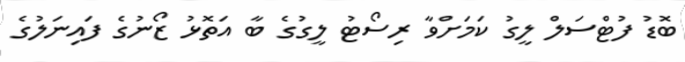
ބޮޑު ފުޓްސަލް ލީގު ކަމަށްވާ ރިސޯޓު ލީގުގެ ބާ އަތޮޅު ޒޯނުގެ ފައިނަލުގެ